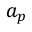
a _ { p }